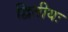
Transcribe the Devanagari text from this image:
द्वितीयः